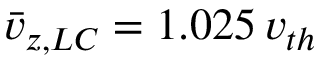
\bar { v } _ { z , L C } = 1 . 0 2 5 \, v _ { t h }